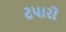
ટપારી